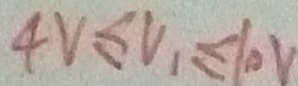
4 V \leq V _ { 1 } \leq 1 0 V